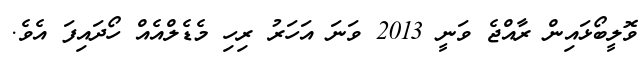
ވޮލީބޯޅައިން ރާއްޖެ ވަނީ 2013 ވަނަ އަހަރު ރިހި މެޑެލްއެއް ހޯދައިފަ އެވެ.